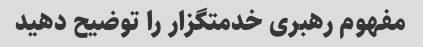
مفهوم رهبری خدمتگزار را توضیح دهید